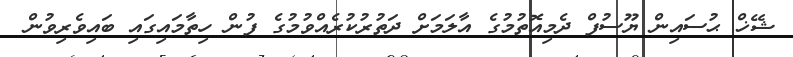
ޝޭޚް ޙުސައިން ޔޫސުފް ދެމިއޮތުމުގެ އާލަމަށް ދަތުރުކުރެއްވުމުގެ ފުން ހިތާމައިގައި ބައިވެރިވުން